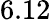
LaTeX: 6.12